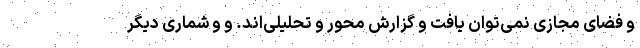
و فضای مجازی نمی‌توان یافت و گزارش محور و تحلیلی‌اند. و و شماری دیگر